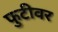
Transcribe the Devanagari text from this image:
फुटीवर